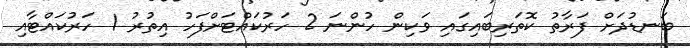
ބަނޑުދަށް ފަރާތު ކޮތަރިބައިގައި ވަކިން ހުންނަ 2 ހަރުކައްޓަށްފަހު އިތުރު 1 ހަރުކައްޓާއި